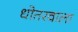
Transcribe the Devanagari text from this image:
धोतरवाला